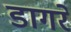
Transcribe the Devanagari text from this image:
डागरे